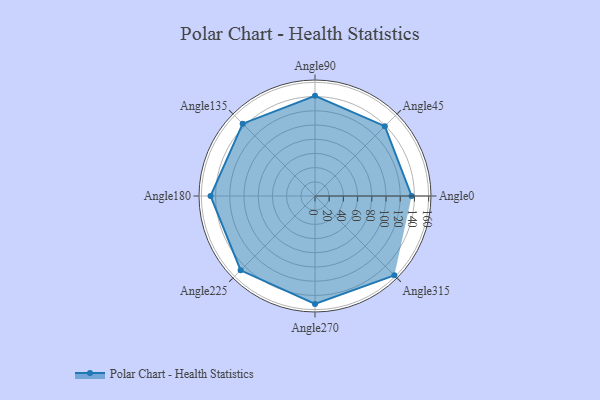
{"axis": {"x": "Angle", "y": "Radius"}, "legend": [""], "data": [{"x": "Angle0", "y": 136.0, "type": ""}, {"x": "Angle45", "y": 139.0, "type": ""}, {"x": "Angle90", "y": 141.0, "type": ""}, {"x": "Angle135", "y": 144.0, "type": ""}, {"x": "Angle180", "y": 147.0, "type": ""}, {"x": "Angle225", "y": 148.0, "type": ""}, {"x": "Angle270", "y": 152.0, "type": ""}, {"x": "Angle315", "y": 158.0, "type": ""}]}